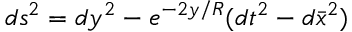
d s ^ { 2 } = d y ^ { 2 } - e ^ { - 2 y / R } ( d t ^ { 2 } - d \bar { x } ^ { 2 } )